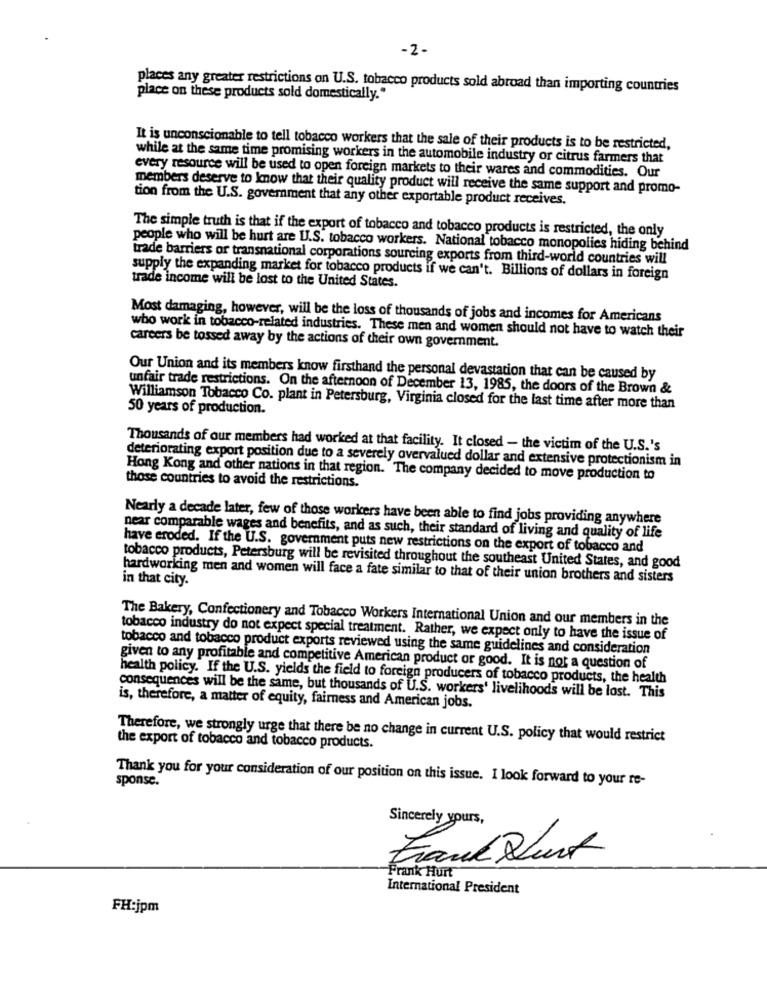
-2-
places any greater restrictions on U.S. tobacco products sold abroad than importing countries
place on these products sold domestically."
It is unconscionable to tell tobacco workers that the sale of their products is to be restricted,
while at the same time promising workers in the automobile industry or citrus farmers that
every resource will be used to open foreign markets to their wares and commodities. Our
members deserve to know that their quality product will receive the same support and promo-
tion from the U.S. government that any other exportable product receives.
The simple truth is that if the export of tobacco and tobacco products is restricted, the only
people who will be hurt are U.S. tobacco workers. National tobacco monopolies hiding behind
trade barriers or transnational corporations sourcing exports from third-world countries will
trade income will be lost to the United States.
supply the expanding market for tobacco products if we can't. Billions of dollars in foreign
Most damaging, however, will be the loss of thousands of jobs and incomes for Americans
who work in tobacco-related industries. These men and women should not have to watch their
careers be tossed away by the actions of their own government.
Our Union and its members know firsthand the personal devastation that can be caused by
unfair trade restrictions. On the afternoon of December 13, 1985, the doors of the Brown &
Williamson Tobacco Co. plant in Petersburg, Virginia closed for the last time after more than
50 years of production.
Thousands of our members had worked at that facility. It closed - the victim of the U.S.'s
deteriorating export position due to a severely overvalued dollar and extensive protectionism in
Hong Kong and other nations in that region. The company decided to move production to
those countries to avoid the restrictions.
Nearly a decade later, few of those workers have been able to find jobs providing anywhere
near comparable wages and benefits, and as such, their standard of living and quality of life
have eroded. If the U.S. government puts new restrictions on the export of tobacco and
tobacco products, Petersburg will be revisited throughout the southeast United States, and good
hardworking men and women will face a fate similar to that of their union brothers and sisters
in that city.
The Bakery, Confectionery and Tobacco Workers International Union and our members in the
tobacco industry do not expect special treatment. Rather, we expect only to have the issue of
tobacco and tobacco product exports reviewed using the same guidelines and consideration
given to any profitable and competitive American product or good. It is not a question of
health policy. If the U.S. yields the field to foreign producers of tobacco products, the health
consequences will be the same, but thousands of U.S. workers' livelihoods will be lost. This
is, therefore, a matter of equity, fairness and American jobs.
Therefore, we strongly urge that there be no change in current U.S. policy that would restrict
the export of tobacco and tobacco products.
Thank you for your consideration of our position on this issue. I look forward to your re-
sponse.
Sincerely yours,
Frank Durt
Frank Hurt
International President
FH:jpm